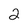
Character: 2